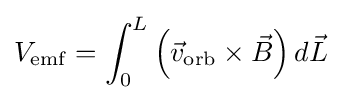
V_{\mathrm {emf} }=\int _{0}^{L}\left({\vec {v}}_{\mathrm {orb} }\times {\vec {B}}\right)d{\vec {L}}